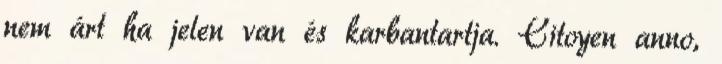
nem árt ha jelen van és karbantartja. Citoyen anno,